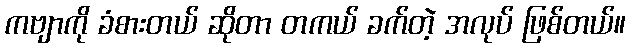
ကဗျာကို ခံစားတယ် ဆိုတာ တကယ် ခက်တဲ့ အလုပ် ဖြစ်တယ်။